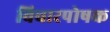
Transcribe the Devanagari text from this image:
विचारपोषक